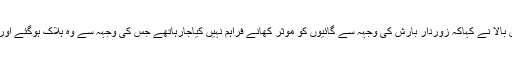
ماتھانہ گاؤں کے سربراہ کرن بالا نے کہاکہ زوردار بارش کی وجہہ سے گائیوں کو موثر کھانے فراہم نہیں کیاجارہاتھے جس کی وجہہ سے وہ ہلاک ہوگئے اور ان میں کچھ بیمار بھی تھے۔